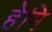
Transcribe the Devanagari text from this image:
हेमि